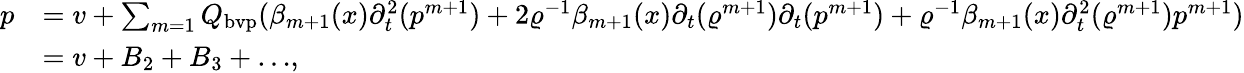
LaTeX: \begin{array}{rl}{p}&{=v+\sum_{m=1}Q_{\mathrm{bvp}}(\beta_{m+1}(x)\partial_{t}^{2}(p^{m+1})+2\varrho^{-1}\beta_{m+1}(x)\partial_{t}(\varrho^{m+1})\partial_{t}(p^{m+1})+\varrho^{-1}\beta_{m+1}(x)\partial_{t}^{2}(\varrho^{m+1})p^{m+1})}\\ &{=v+{B_{2}+B_{3}+\dots},}\end{array}